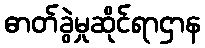
ဓာတ်ခွဲမှုဆိုင်ရာဌာန